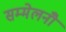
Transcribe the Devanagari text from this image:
सम्मेलनोँ